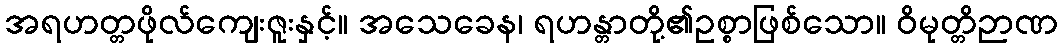
အရဟတ္တဖိုလ်ကျေးဇူးနှင့်။ အသေခေန၊ ရဟန္တာတို့၏ဥစ္စာဖြစ်သော။ ဝိမုတ္တိဉာဏ